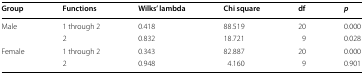
<table><thead><tr><td><b>Group</b></td><td><b>Functions</b></td><td><b>Wilks’ lambda</b></td><td><b>Chi square</b></td><td><b>df</b></td><td><b><i>p</i></b></td></tr></thead><tbody><tr><td rowspan="2">Male</td><td>1 through 2</td><td>0.418</td><td>88.519</td><td>20</td><td>0.000</td></tr><tr><td>2</td><td>0.832</td><td>18.721</td><td>9</td><td>0.028</td></tr><tr><td rowspan="2">Female</td><td>1 through 2</td><td>0.343</td><td>82.887</td><td>20</td><td>0.000</td></tr><tr><td>2</td><td>0.948</td><td>4.160</td><td>9</td><td>0.901</td></tr></tbody></table>